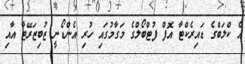
އެ ކްލަބްގެ ޑައިރެކްޓާ އޮފް ފުޓްބޯލްގެ މަގާމުގައި ހުރި އެންޑޯނީ ޒުބިޒަރޭޓާ އާއި